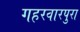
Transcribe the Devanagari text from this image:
गहरवारपुरा